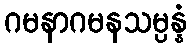
ဂမနာဂမနသမ္ပန္နံ